Civil Veterinary Department Bengal reports 1923-33 - 1923-1933
Year: 1923
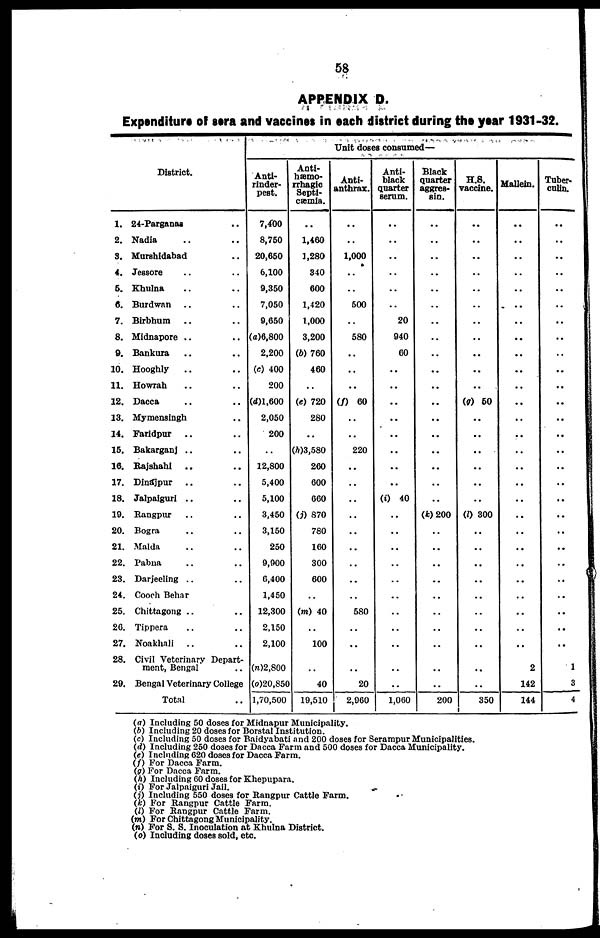
58
APPENDIX D.
Expenditure of sera and vaccines in each district during the year 1931-32.
District.
1. 24-Parganas ..
2. Nadia .. ..
3. Murshidabad ..
4. Jessore .. ..
5. Khulna .. ..
6. Burdwan .. ..
7. Birbhum .. ..
8. Midnapore .. ..
9. Bankura .. ..
10. Hooghly .. ..
11. Howrah .. ..
12. Dacca .. ..
13. Mymensingh ..
14. Faridpur .. ..
15. Bakarganj .. ..
16. Rajshahi .. ..
17. Dinajpur .. ..
18. Jalpaiguri .. ..
19. Rangpur .. ..
20. Bogra .. ..
21. Malda .. ..
22. Pabna .. ..
23. Darjeeling .. ..
24. Cooch Behar
25. Chittagong .. ..
26. Tippera .. ..
27. Noakhali .. ..
28. Civil Veterinary Depart-
ment, Bengal ..
29. Bengal Veterinary College
Total ..
Unit doses consumed—
Anti-
rinder-
pest.
7,400
8,750
20,650
6,100
9,350
7,050
9,650
(a)6,800
2,200
(c) 400
200
(d)1,600
2,050
200
..
12,800
5,400
5,100
3,450
3,150
250
9,000
0,400
1,450
12,300
2,150
2,100
(n)2,800
(o)20,850
1,70,500
Anti-
hæmo-
rrhagic
Septi-
cæmia.
..
1,460
1,280
840
600
1,420
1,000
3,200
(b) 760
460
..
(e) 720
280
..
(h)3,580
260
600
660
(j) 870
780
160
300
600
..
(m) 40
..
100
..
40
10,510
Anti-
anthrax.
..
..
1,000
..
..
500
..
580
..
..
..
(f) 60
..
..
220
..
..
..
..
..
..
..
..
..
580
..
..
..
20
2,960
Anti-
black
quarter
serum.
..
..
..
..
..
..
20
940
60
..
..
..
..
..
..
..
..
(i) 40
..
..
..
..
..
..
..
..
..
..
..
1,060
Black
quarter
aggres-
sin.
..
..
..
..
..
..
..
..
..
..
..
..
..
..
..
..
..
..
(k) 200
..
..
..
..
..
..
..
..
..
..
200
H.S.
vaccine.
..
..
..
..
..
..
..
..
..
..
..
(g) 50
..
..
...
..
..
..
(0 300
..
..
..
..
..
..
..
..
..
..
350
Mallein.
..
..
..
..
..
..
..
..
..
..
..
..
...
..
..
..
..
..
..
..
..
..
..
..
..
..
..
..2
142
144
Tuber-
culin.
..
..
..
..
..
..
..
..
..
..
..
..
..
..
..
..
..
..
..
..
1
3
4
(a) Including 50 doses for Midnapur Municipality.
(b) Including 20 doses for Borstal Institution.
(c) Including 50 doses for Baidyabati and 200 doses for Serampur Municipalities.
(d) Including 250 doses for Dacca Farm and 500 doses for Dacca Municipality.
(e) Including 620 doses for Dacca Farm.
(f) For Dacca Farm.
(g) For Dacca Farm.
(h) Including 60 doses for Khepupara.
(i) For Jalpaiguri Jail.
(j) Including 550 doses for Rangpur Cattle Farm.
(k) For Rangpur Cattle Farm.
(l) For Rangpur Cattle Farm.
(m) For Chittagong Municipality.
(n) For S. S. Inoculation at Khulna District.
(o) Including doses sold, etc.